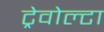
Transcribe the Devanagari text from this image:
ट्रेवोल्टा